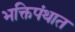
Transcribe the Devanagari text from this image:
भक्तिपंथात